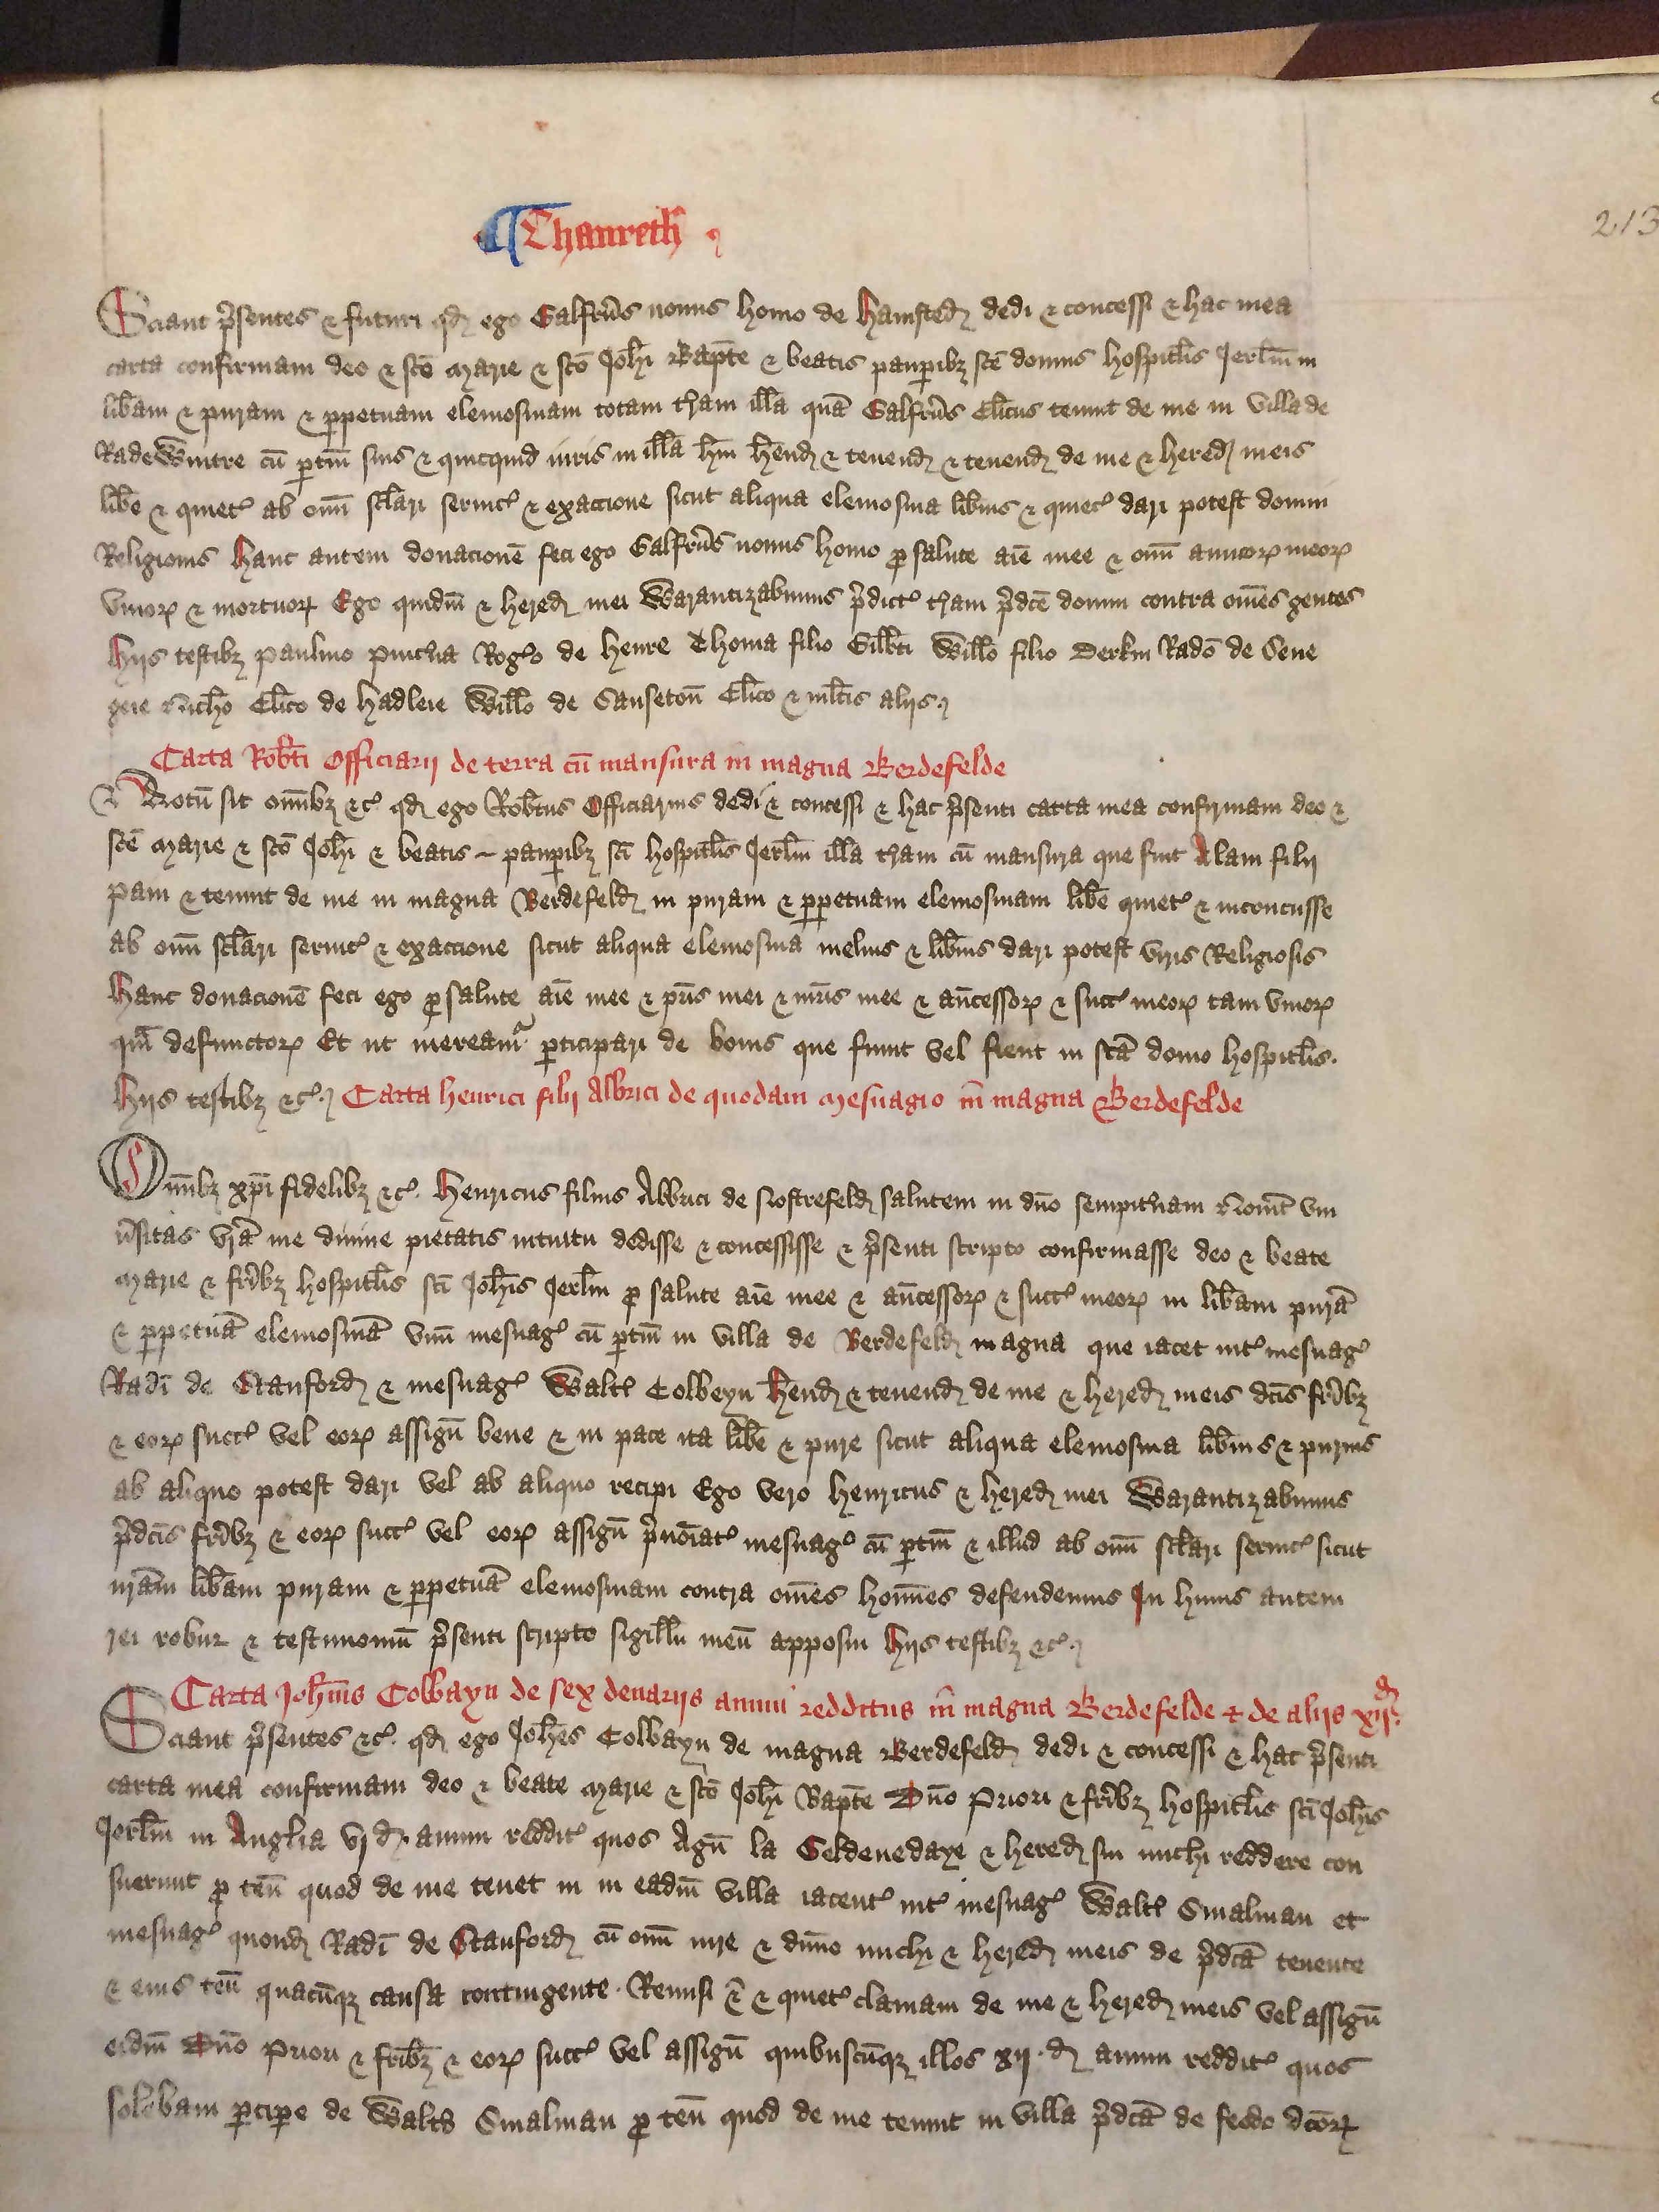
Shelfmark: London, British Library, Nero E VI
Century: 15